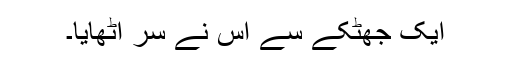
ایک جھٹکے سے اس نے سر اٹھایا۔